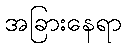
အခြားနေရာ